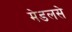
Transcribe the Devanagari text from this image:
मेडलसे